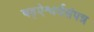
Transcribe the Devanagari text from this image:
षड्ऐश्वर्यसंपन्न